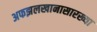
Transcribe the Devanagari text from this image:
अफझलखानासारख्या